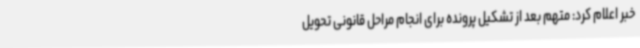
خبر اعلام کرد: متهم بعد از تشکیل پرونده برای انجام مراحل قانونی تحویل